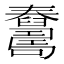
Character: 𦦺